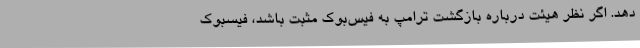
دهد. اگر نظر هیئت درباره بازگشت ترامپ به فیس‌بوک مثبت باشد، فیسبوک